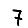
Digit: 7